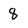
Character: 8